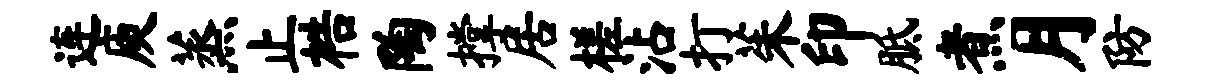
连庾蒸止梏陶撑居槎沾打茱印胝煮月防